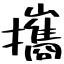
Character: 攜